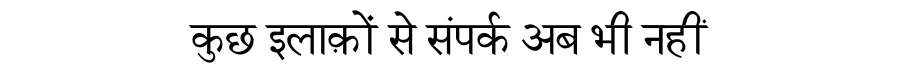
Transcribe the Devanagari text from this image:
कुछ इलाक़ों से संपर्क अब भी नहीं